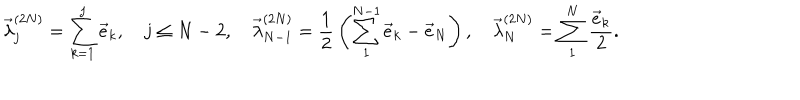
\vec { \lambda } _ { j } ^ { ( 2 N ) } = \sum _ { k = 1 } ^ { j } \vec { e } _ { k } , \quad j \leq N - 2 , \quad \vec { \lambda } _ { N - 1 } ^ { ( 2 N ) } = { \frac { 1 } { 2 } } \left( \sum _ { 1 } ^ { N - 1 } \vec { e } _ { k } - \vec { e } _ { N } \right) , \quad \vec { \lambda } _ { N } ^ { ( 2 N ) } = \sum _ { 1 } ^ { N } { \frac { \vec { e } _ { k } } { 2 } } .